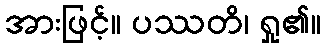
အားဖြင့်။ ပဿတိ၊ ရှု၏။